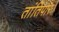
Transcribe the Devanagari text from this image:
तांतिपार